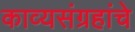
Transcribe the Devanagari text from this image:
काव्यसंग्रहांचे